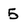
Character: 5